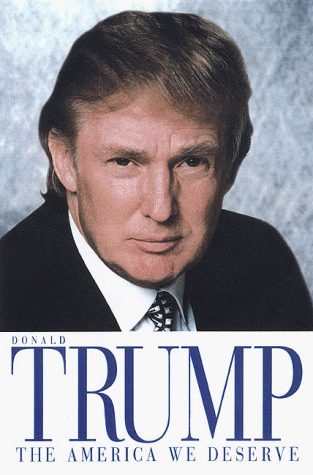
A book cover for The America We Deserve; Donald Trump; Business & Money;